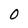
Character: O